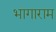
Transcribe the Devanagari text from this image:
भागाराम